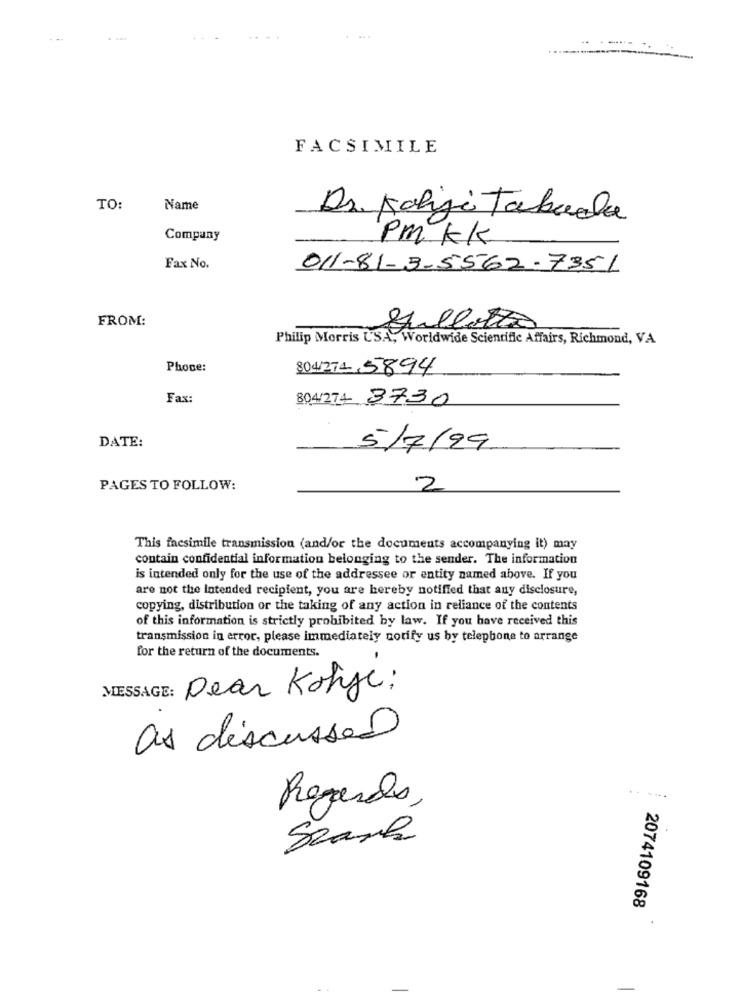
FACSIMILE
TO:
Name
Dr. Kahji Tabacla
Company
PM KK
Fax No.
011-81-3-5562-7351
FROM:
Sullatão
Philip Morris USA, Worldwide Scientific Affairs, Richmond, VA
Phone:
804/274 5894
Fax:
804/274 3730
DATE:
5/7/99
PAGES TO FOLLOW:
2
This facsimile transmission (and/or the documents accompanying it) may
contain confidential information belonging to the sender. The information
is intended only for the use of the addressee or entity named above. If you
are not the intended recipient, you are hereby notified that any disclosure,
copying, distribution or the taking of any action in reliance of the contents
of this information is strictly prohibited by law. If you have received this
transmission in error, please immediately notify us by telephone to arrange
for the return of the documents.
MESSAGE: Dear Kohje:
as discussed
Regards
Search
2074109168
-